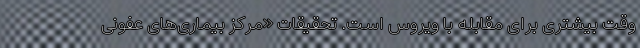
وقت بیشتری برای مقابله با ویروس است. تحقیقات «مرکز بیماری‌های عفونی